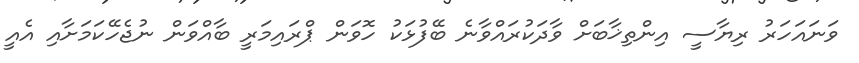
ވަނައަހަރު ރިޔާސީ އިންތިޚާބަށް ވާދަކުރައްވާނެ ބޭފުޅަކު ހޮވަން ޕްރައިމަރީ ބާއްވަން ނުޖެހޭކަމަށާއި އެއީ